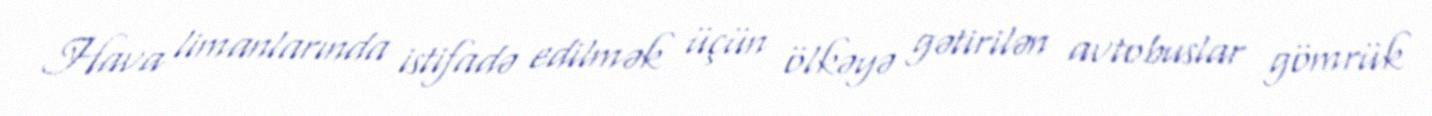
Hava limanlarında istifadə edilmək üçün ölkəyə gətirilən avtobuslar gömrük